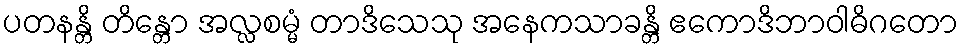
ပတနန္တိ တိန္တော အလ္လစမ္မံ တာဒိသေသု အနေကသာခန္တိ ဧကောဒိဘာဝါဓိဂတော